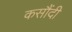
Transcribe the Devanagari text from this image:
कसौंदी